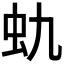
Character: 𰲩